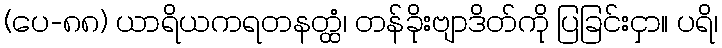
(ပေ-၈၈) ယာရိယကရတနတ္ထံ၊ တန်ခိုးဗျာဒိတ်ကို ပြခြင်းငှာ။ ပရိ၊